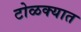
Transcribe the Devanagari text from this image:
टोळक्यात